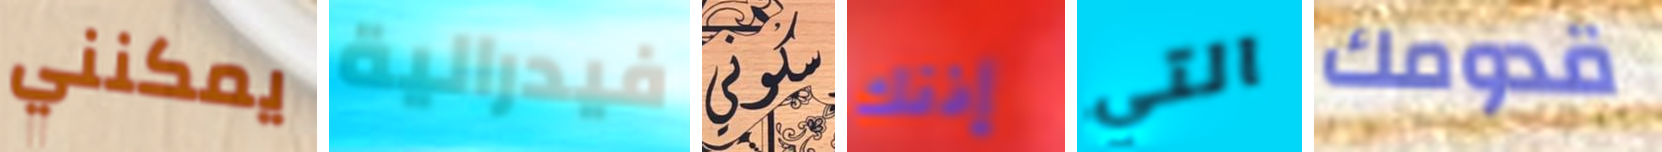
يمكنني فيدرالية سكوني إذنك التي قدومك